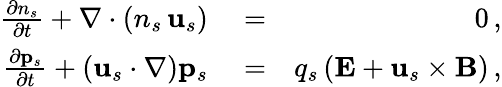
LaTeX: \begin{array}{rlr}{\frac{\partial n_{s}}{\partial t}+\nabla\cdot\left(n_{s}\, {\mathbf u}_{s}\right)}&{{}=}&{0\, ,}\\ {\frac{\partial{\mathbf p}_{s}}{\partial t}+\left({\mathbf u}_{s}\cdot\nabla\right){\mathbf p}_{s}}&{{}=}&{q_{s}\, ({\mathbf E}+{\mathbf u}_{s}\times{\mathbf B})\, ,}\end{array}